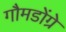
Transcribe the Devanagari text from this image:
गौमडोंग्रे